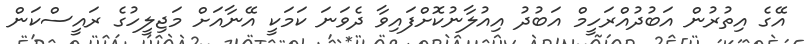
އޭގެ އިތުރުން އަބުދުއްރަހީމް އަބުދު އިއުލާނުކޮށްފައިވާ ދެވަނަ ކަމަކީ އޭނާއަށް މަޖިލީހުގެ ރައީސްކަން